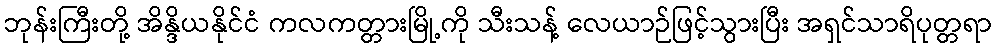
ဘုန်းကြီးတို့ အိန္ဒိယနိုင်ငံ ကလကတ္တားမြို့ကို သီးသန့် လေယာဉ်ဖြင့်သွားပြီး အရှင်သာရိပုတ္တရာ